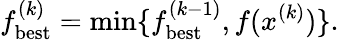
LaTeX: f_{\mathrm{{best}}}^{(k)}=\operatorname*{min}\{ f_{\mathrm{{best}}}^{(k-1)},f(x^{(k)})\} .